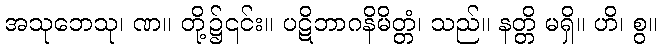
အသုဘေသု၊ ဏ။ တို့၌၎င်း။ ပဋိဘာဂနိမိတ္တံ၊ သည်။ နတ္တိ မရှိ။ ဟိ၊ စွ။